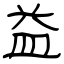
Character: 益